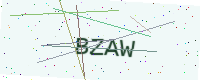
Text: BZAW